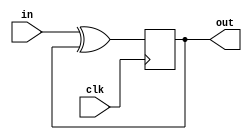
module top_module (
    input clk,
    input in, 
    output out);
    
    wire fb;
    assign fb = out;
    
    always @ (posedge clk)
        begin
            out <= in ^ fb;
        end

endmodule